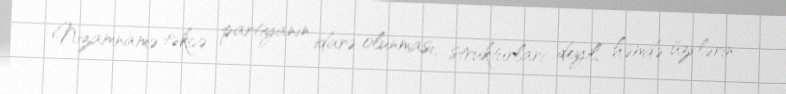
Nizamnamə təkcə partiyanın idarə olunması, strukturları deyil, həmdə üzvlərin